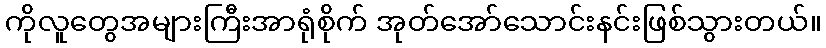
ကိုလူတွေအများကြီးအာရုံစိုက် အုတ်အော်သောင်းနင်းဖြစ်သွားတယ်။